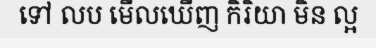
ទៅ លប មើលឃើញ កិរិយា មិន ល្អ